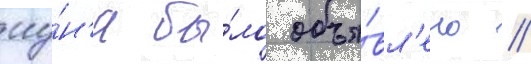
иу́н'я бы́ло объя́вл'ено /